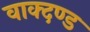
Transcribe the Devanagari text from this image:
वाक्दण्ड